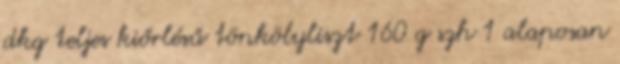
dkg teljes kiőrlésű tönkölyliszt 160 g szh 1 alaposan